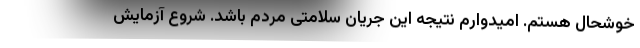
خوشحال هستم. امیدوارم نتیجه این جریان سلامتی مردم باشد. شروع آزمایش